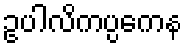
ဥပါလိကပ္ပကေန